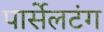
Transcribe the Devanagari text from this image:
पार्सेलटंग